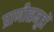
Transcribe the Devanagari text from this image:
प्राणीसमूहों